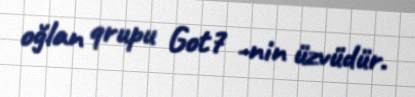
oğlan qrupu Got7 -nin üzvüdür.